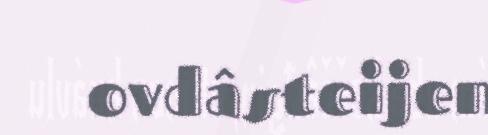
ovdâsteijen